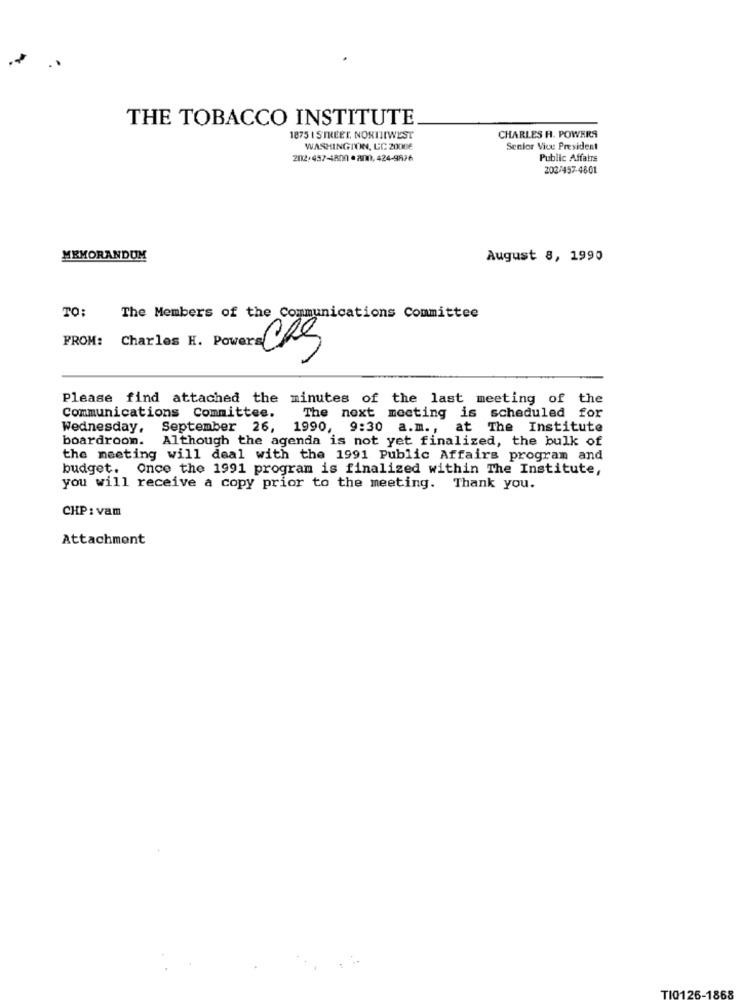
THE TOBACCO INSTITUTE
1875 I STREET. NORIIIWEST
CHARLES H. POWERS
WASHINGTON, LC 20006
Senior Vice President
202:457-4800 · 200,424-9876
Public Affairs
202/457-4601
MEMORANDUM
August 8, 1990
TO:
The Members of the Communications Committee
FROM: Charles H. Powers CRS
Please find attached the minutes of the last meeting of the
Communications Committee.
The next meeting is scheduled for
Wednesday, September 26, 1990, 9:30 a.m ., at The Institute
boardroom. Although the agenda is not yet finalized, the bulk of
the meeting will deal with the 1991 Public Affairs program and
budget. Once the 1991 program is finalized within The Institute,
you will receive a copy prior to the meeting. Thank you.
CHP: vam
Attachment